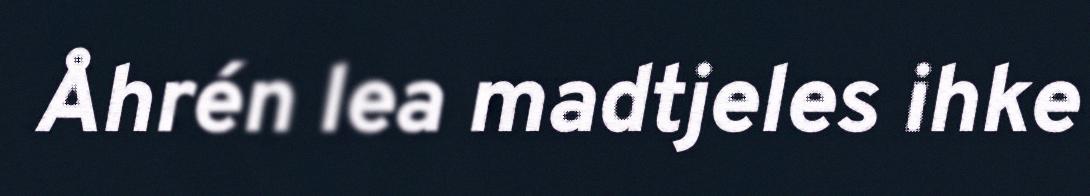
Åhrén lea madtjeles ihke